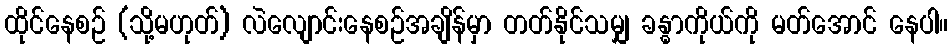
ထိုင်နေစဉ် (သို့မဟုတ်) လဲလျောင်းနေစဉ်အချိန်မှာ တတ်နိုင်သမျှ ခန္ဓာကိုယ်ကို မတ်အောင် နေပါ။